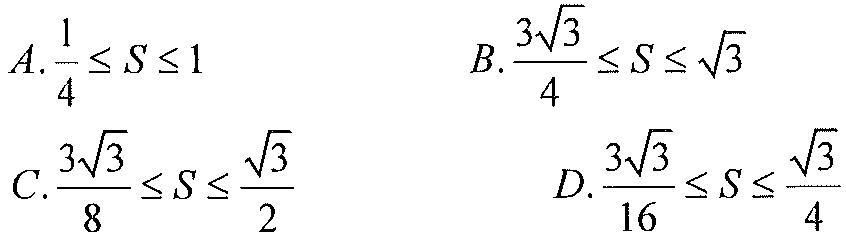
$A.\frac{1}{4}\leq S\leq1$
$B.\frac{3\sqrt{3}}{4}\leq S\leq\sqrt{3}$
$C.\frac{3\sqrt{3}}{8}\leq S\leq\frac{\sqrt{3}}{2}$
$D.\frac{3\sqrt{3}}{16}\leq S\leq\frac{\sqrt{3}}{4}$